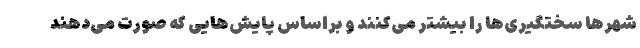
شهرها سختگیری‌ها را بیشتر می‌کنند و براساس پایش‌هایی که صورت می‌دهند